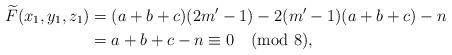
LaTeX: \begin{align*}\widetilde{F}(x_{1},y_{1},z_{1})&=(a+b+c)(2m^{\prime}-1)-2(m^{\prime}-1)(a+b+c)-n\\&=a+b+c-n\equiv 0 \pmod{8},\end{align*}